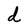
Character: d